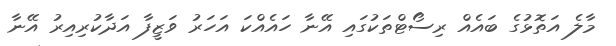
މާލެ އަތޮޅުގެ ބައެއް ރިސޯޓްތަކުގައި އޭނާ ހައެއްކަ އަހަރު ވަޒީފާ އަދާކުރިއިރު އޭނާ